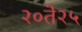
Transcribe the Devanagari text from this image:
२०ते२५